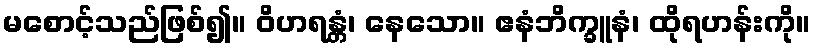
မစောင့်သည်ဖြစ်၍။ ဝိဟရန္တံ၊ နေသော။ ဧနံဘိက္ခူနံ၊ ထိုရဟန်းကို။